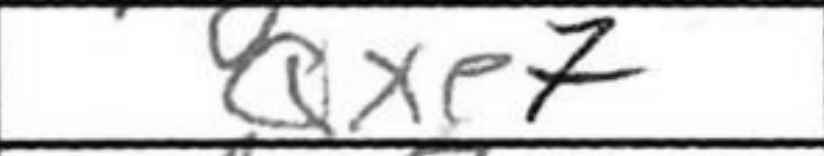
Transcription: Qxe7